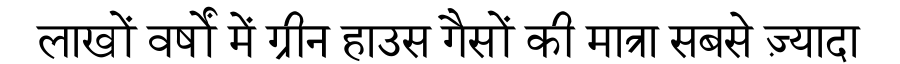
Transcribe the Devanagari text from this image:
लाखों वर्षों में ग्रीन हाउस गैसों की मात्रा सबसे ज़्यादा